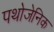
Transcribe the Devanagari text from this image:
पथोजेनिक